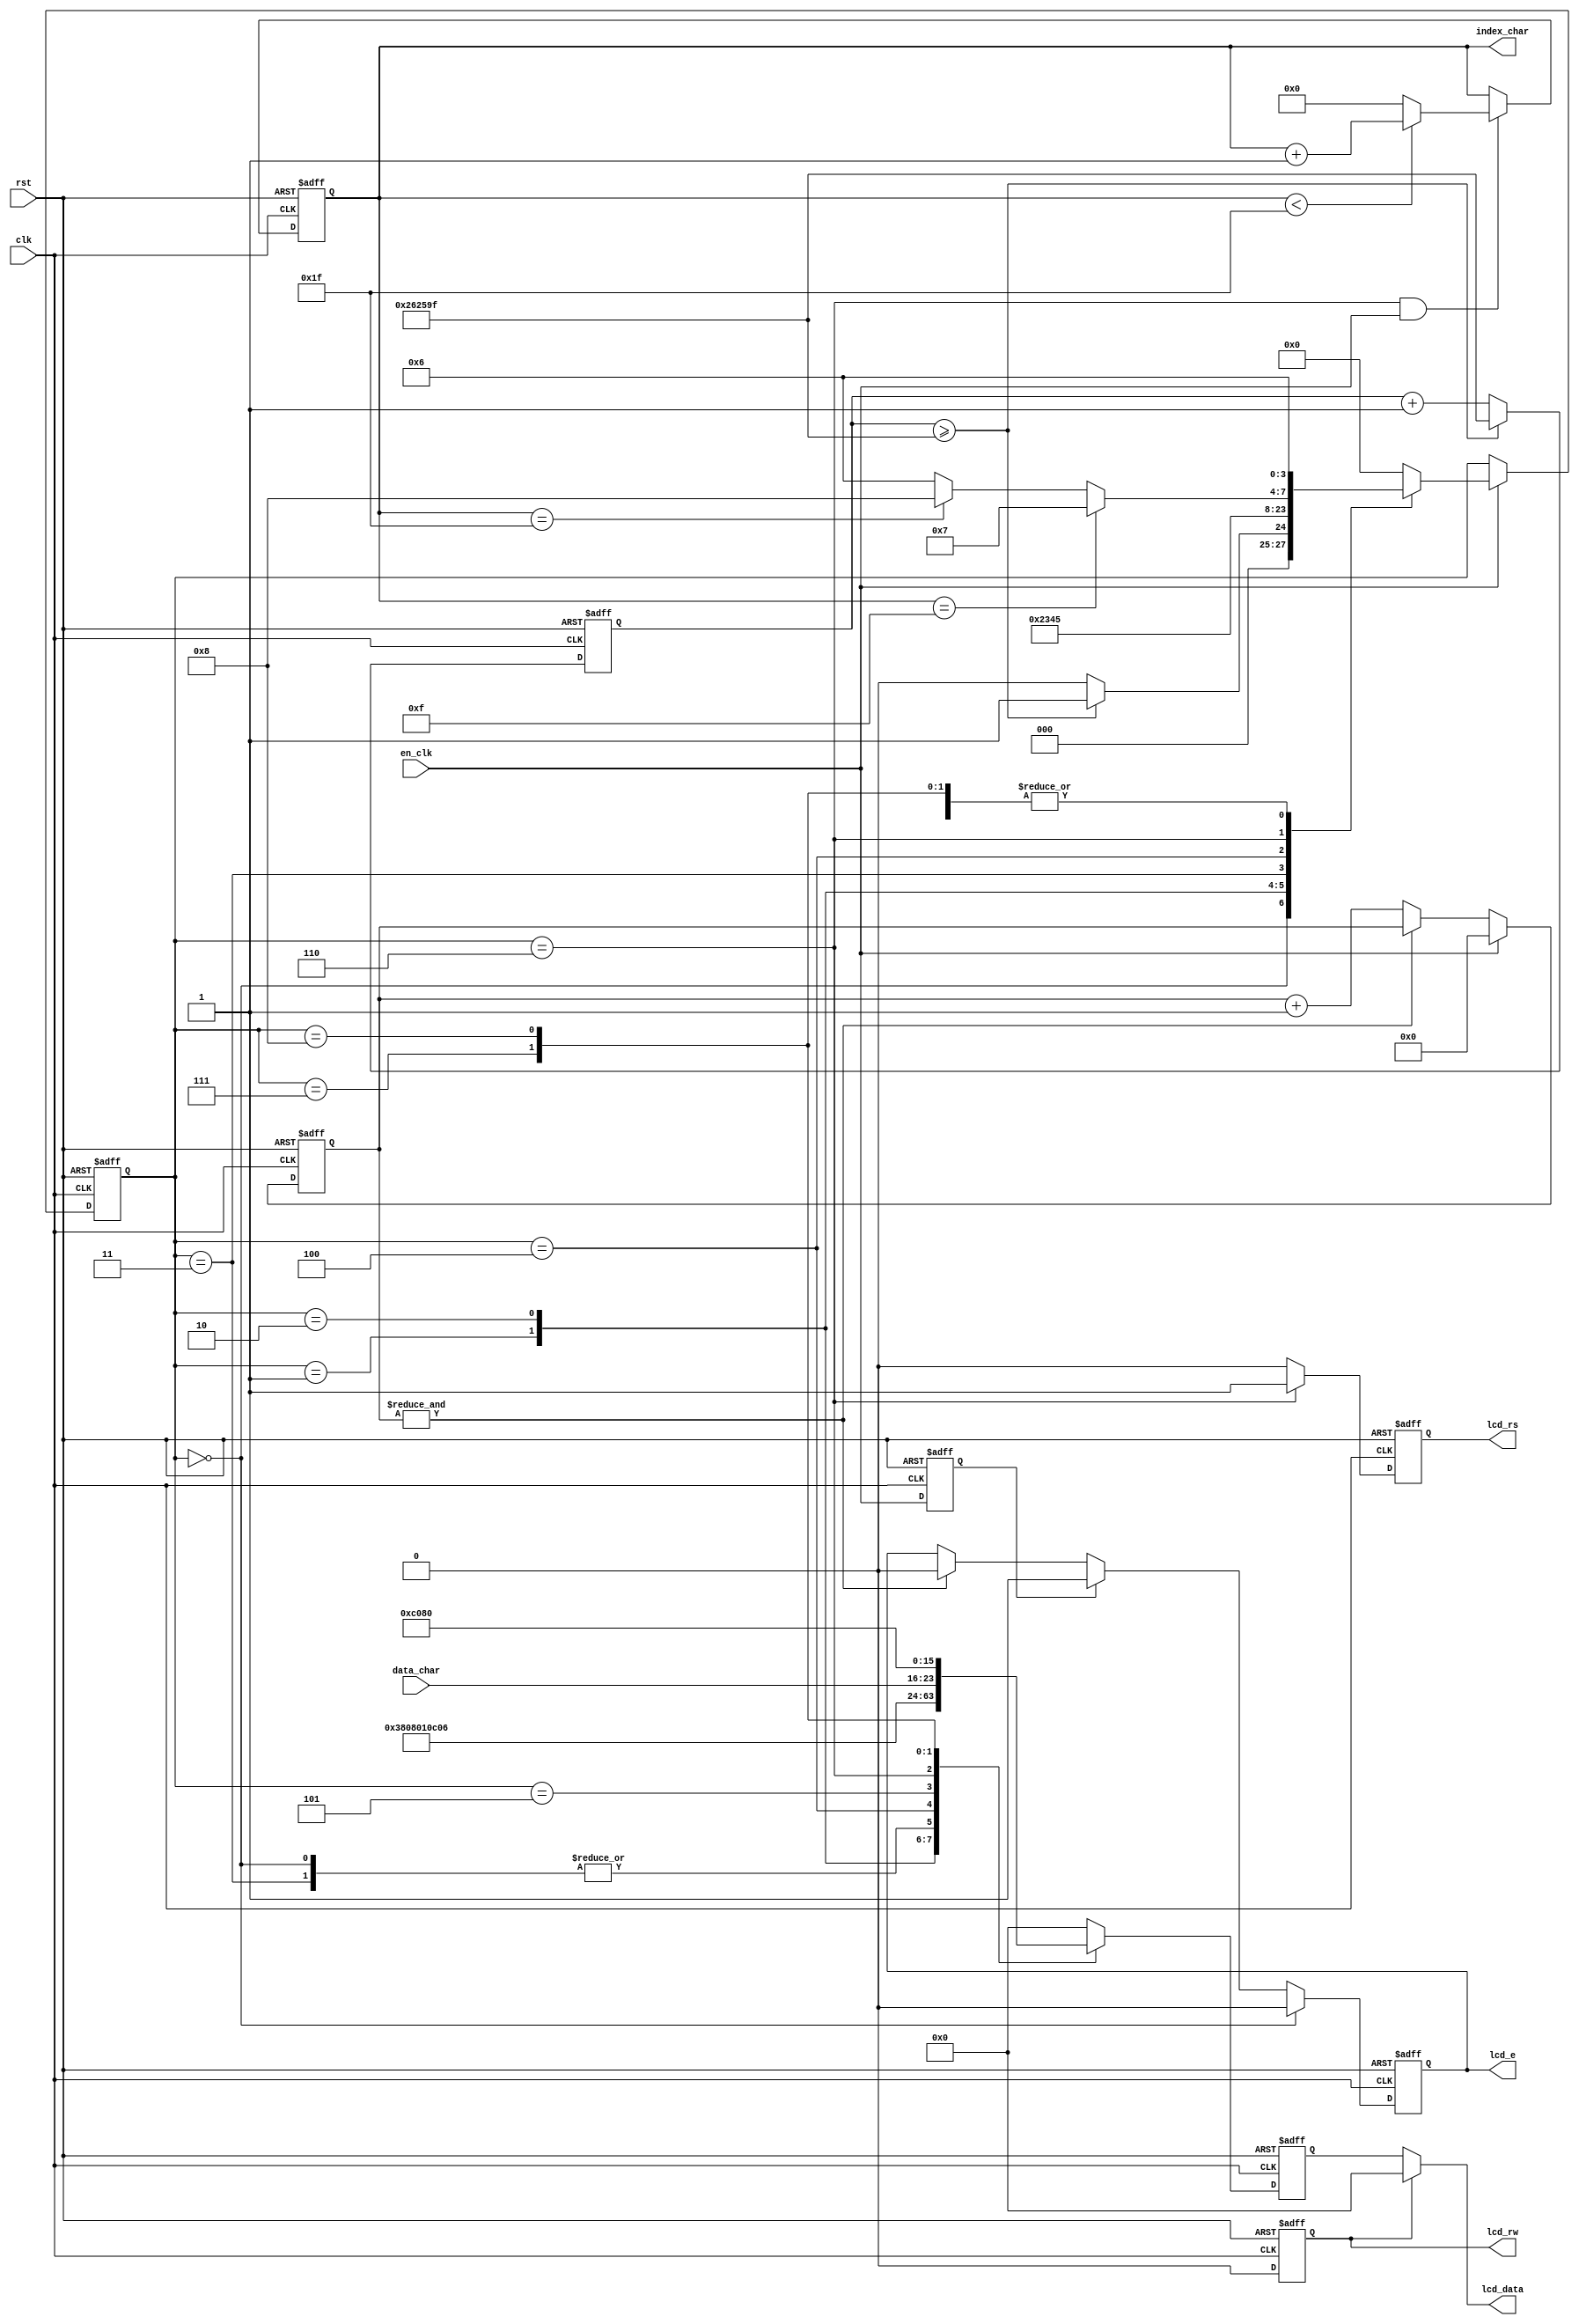
module lcd_driver(
  clk,
  rst,
  en_clk,
  data_char,
  index_char,
  lcd_rs,
  lcd_rw,
  lcd_e,
  lcd_data);
  
  input         clk,rst,en_clk;
  input   [7:0] data_char;
  output        lcd_rs,lcd_rw,lcd_e;
  output	 [4:0] index_char;
  output  [7:0] lcd_data;
  
  parameter     IDLE        = 4'h0;
  parameter     FUNC_SET    = 4'h1;
  parameter     DISP_OFF    = 4'h2;
  parameter     DISP_CLEAR  = 4'h3;
  parameter     DISP_ON     = 4'h4;
  parameter     MODE_SET    = 4'h5;
  parameter     PRINT_STRING= 4'h6;
  parameter     LINE2       = 4'h7;
  parameter     RETURN_HOME = 4'h8;
  
  parameter     T_PW        = 2499999;
  
  wire  [7:0] data_char;
  reg   [4:0] index_char;
  reg         lcd_rs,lcd_rw,lcd_e;
  wire  [7:0] lcd_data;
  reg   [3:0] state;
  reg	  [3:0] next_state;
  reg   [7:0] data_bus;
  reg   [21:0]cnt_init;
  reg         dly_en_clk;
  reg   [9:0] cnt_en_clk;
  
  assign  lcd_data  = (lcd_rw ? 8'b0000_0000 : data_bus);
  
  always @ (posedge clk or negedge rst)begin
    if(!rst)
      cnt_init  <=  0;
    else  begin 
      if(cnt_init >=  T_PW)
        cnt_init  <=  T_PW;
      else
        cnt_init  <=  cnt_init + 1'b1;
    end
  end
  
  always @ (posedge clk or negedge rst)begin
    if(!rst)
      state <=  IDLE;
    else if(en_clk)
      state <=  next_state;
    else  
      state <=  state;
  end
  
  always @ (*)begin
    case(state)
      IDLE        : if(cnt_init >= T_PW)
                      next_state  <=  FUNC_SET;
                    else
                      next_state  <=  IDLE;
      FUNC_SET    :   next_state  <=  DISP_OFF;
      DISP_OFF    :   next_state  <=  DISP_CLEAR;
      DISP_CLEAR  :   next_state  <=  DISP_ON;
      DISP_ON     :   next_state  <=  MODE_SET;
      MODE_SET    :   next_state  <=  PRINT_STRING;
      PRINT_STRING: if		(index_char == 15)
                      next_state  <=  LINE2;
                    else if(index_char == 31)
                      next_state  <=  RETURN_HOME;
                    else
                      next_state  <=  PRINT_STRING;
      LINE2       :   next_state  <=  PRINT_STRING;
      RETURN_HOME :   next_state  <=  PRINT_STRING;
      default     :   next_state  <=  IDLE;
    endcase
  end
  
  //lcd_e     
  always @ (posedge clk or negedge rst)begin
    if(!rst)
      cnt_en_clk  <=  0;
    else if(en_clk)
      cnt_en_clk  <=  0;
    else if(&cnt_en_clk)
      cnt_en_clk  <=  cnt_en_clk;
    else
      cnt_en_clk  <=  cnt_en_clk + 1'b1;
  end
  
  // 
  always @ (posedge clk or negedge rst)begin
    if(!rst)
      index_char <= 1'b0;
    else begin
      if(state == PRINT_STRING && en_clk == 1)begin
        if(index_char < 31)
          index_char  <=  index_char + 1'b1;
        else
          index_char  <=  0;
      end
      else
        index_char  <=  index_char;
    end
  end
  
  //en_clk   state -> next_state       
  always @ (posedge clk or negedge rst)begin
    if(!rst)
      dly_en_clk  <=  0;
    else
      dly_en_clk  <=  en_clk;
  end
  
  ///    enable   
  always @ (posedge clk or negedge rst)begin
    if(!rst)
      lcd_e <=  0;
    else if(state == IDLE)
      lcd_e <=  0;
    else
      if(dly_en_clk)
        lcd_e <=  1;
      else if(&cnt_en_clk)
        lcd_e <=  0;
      else
        lcd_e <=  lcd_e;
  end
  
  always @ (posedge clk or negedge rst)begin
    if(!rst)begin
      lcd_rs  <=  1'b0;
      lcd_rw  <=  1'b0;
      data_bus<=  8'h00;
    end
    else begin
      case(state)
        IDLE      : begin
          lcd_rs  <=  1'b0;
          lcd_rw  <=  1'b0;
          data_bus<=  8'h01;
        end
        FUNC_SET  : begin 
          lcd_rs  <=  1'b0;
          lcd_rw  <=  1'b0;
          data_bus<=  8'h38;
        end
        DISP_OFF  : begin
          lcd_rs  <=  1'b0;
          lcd_rw  <=  1'b0;
          data_bus<=  8'h08;
        end
        DISP_CLEAR: begin
          lcd_rs  <=  1'b0;
          lcd_rw  <=  1'b0;
          data_bus<=  8'h01;
        end
        DISP_ON   : begin
          lcd_rs  <=  1'b0;
          lcd_rw  <=  1'b0;
          data_bus<=  8'h0C;
          //0C,0E
        end
        MODE_SET  : begin
          lcd_rs  <=  1'b0;
          lcd_rw  <=  1'b0;
          data_bus<=  8'h06;
        end
        PRINT_STRING: begin
          lcd_rs  <=  1'b1;
          lcd_rw  <=  1'b0;
          data_bus<=  data_char;
        end
        LINE2     : begin
          lcd_rs  <=  1'b0;
          lcd_rw  <=  1'b0;
          data_bus<=  8'hC0;
        end
        RETURN_HOME:  begin
          lcd_rs  <=  1'b0;
          lcd_rw  <=  1'b0;
          data_bus<=  8'h80;
        end
        default   : begin
          lcd_rs  <=  1'b0;
          lcd_rw  <=  1'b0;
          data_bus<=  8'h00;
        end
      endcase
    end
  end
  

  reg [18*8-1:0]  STATE;
  
  always @ (*)begin
    case(state)
      IDLE        : STATE <= "IDLE";
      FUNC_SET    : STATE <= "FUNC_SET";
      DISP_OFF    : STATE <= "DISP_OFF";
      DISP_CLEAR  : STATE <= "DISP_CLEAR";
      DISP_ON     : STATE <= "DISP_ON";
      MODE_SET    : STATE <= "MODE_SET";
      PRINT_STRING: STATE <= "PRINT_STRING";
      LINE2       : STATE <= "LINE2";
      RETURN_HOME : STATE <= "RETURN_HOME";
      default     : STATE <= "ERROR";
    endcase
  end

endmodule